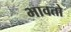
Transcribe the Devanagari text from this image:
भावतो